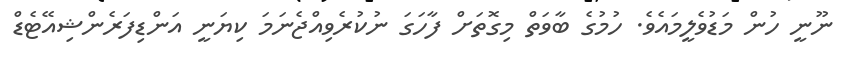
ނޫނީ ހުން މަޑުވެލީމައެވެ. ހުމުގެ ބާވަތް މިގޮތަށް ފާހަގަ ނުކުރެވިއްޖެނަމަ ކިޔަނީ އަންޑިފަރެންޝިއޭޓެޑް